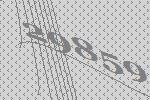
29859